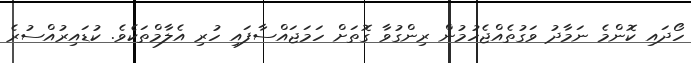
ހޯދައި ކޮންމެ ނަމާދު ވަގުތެއްޖެހުމުން ރިންގުވާ ގޮތަށް ހަމަޖައްސާފައި ހުރި އެލާމްތަކެވެ. ކުޑައިރުއްސުރެ